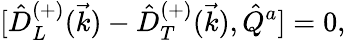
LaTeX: {[}\hat{D}_{L}^{(+)}(\vec{k})-\hat{D}_{T}^{(+)}(\vec{k}),\hat{Q}^{a}]=0,